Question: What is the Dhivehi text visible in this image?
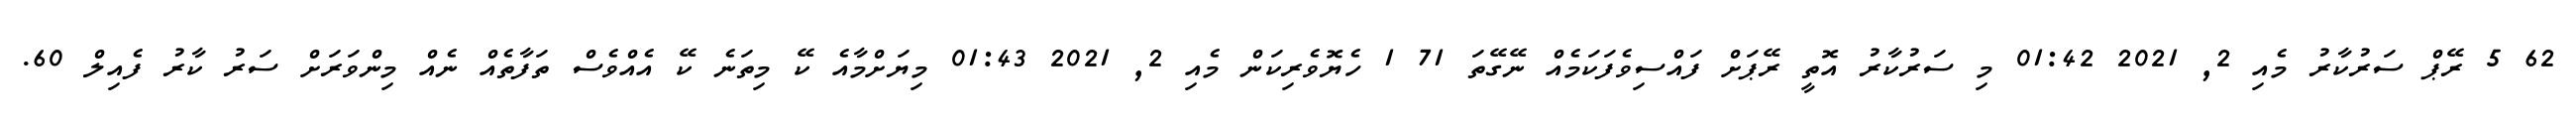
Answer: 62 5 ރޭޕް ސަރުކާރު މެއި 2, 2021 01:42 މި ސަރުކާރު އޮތީ ރޭޕަށް ފައްސިވެފަކަމެއް ނޭގޭތަ 71 1 ހެޔޮވެރިކަން މެއި 2, 2021 01:43 މިޔަށްމާއެ ކޭ މިތަނެ ކޭ އެއްވެސް ތަފާތެއް ނެއް މިންވަރަށް ސަރު ކާރު ފެއިލް 60.